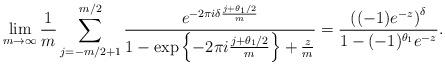
LaTeX: \begin{align*} &\lim_{m \to \infty} \frac{1}{m} \sum_{ j = -m/2+1}^{m/2} \frac{e^{-2\pi i \delta \frac{j+\theta_1/2}{m}} }{1 - \exp \left\{ - 2 \pi i \frac{ j + \theta_1/2}{m} \right\} + \frac{z}{m} } = \frac{ \left( (-1)e^{-z} \right)^{\delta} }{1 - (-1)^{\theta_1}e^{-z}}.\end{align*}